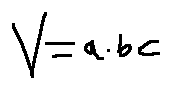
V = a \cdot b \cdot c